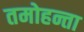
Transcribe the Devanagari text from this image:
तमोहन्ता